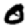
Digit: 0